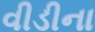
વીડીના